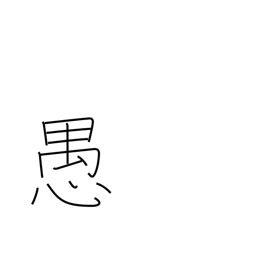
Meaning: folly